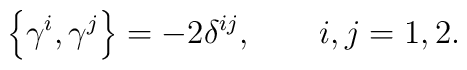
\left\{  \gamma^{i},\gamma^{j}\right\}  =-2\delta^{ij},\qquad i,j=1,2.